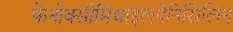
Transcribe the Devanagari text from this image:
फेनोक्सीमिथाइलपेनिसिलिन